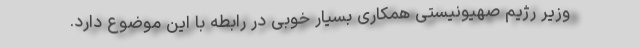
وزیر رژیم صهیونیستی همکاری بسیار خوبی در رابطه با این موضوع دارد.